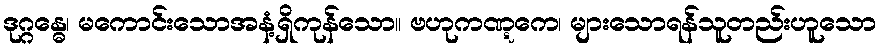
ဒုဂ္ဂန္ဓေ၊ မကောင်းသောအနံ့ရှိကုန်သော။ ဗဟုကဏ္ဋကေ၊ များသောရန်သူတည်းဟူသော